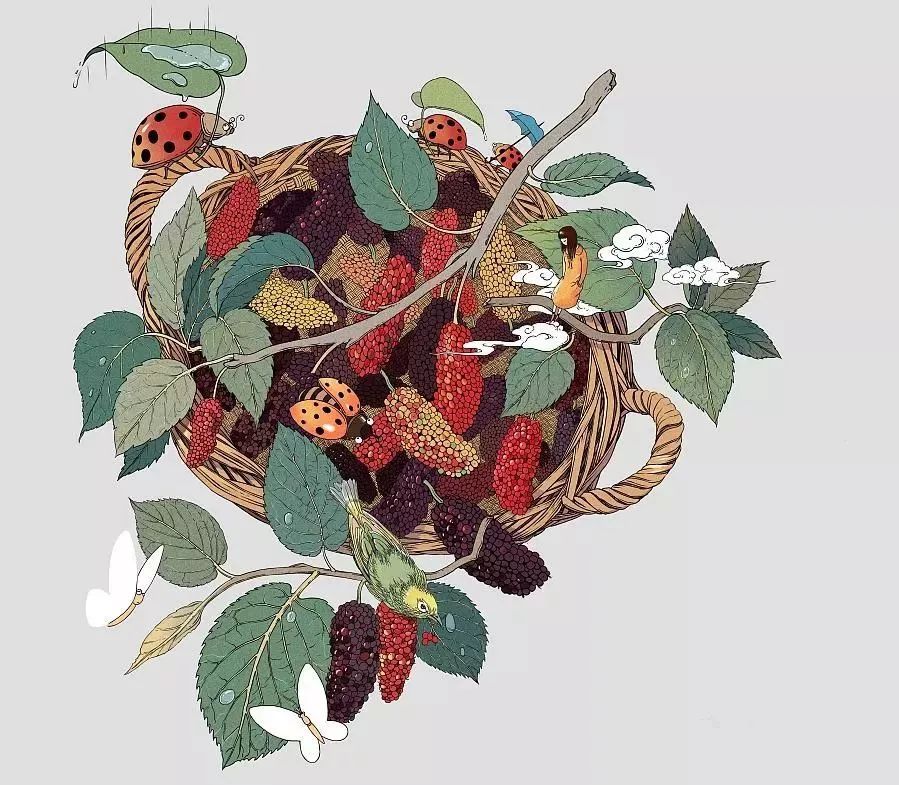
桑之未落，其叶沃若。